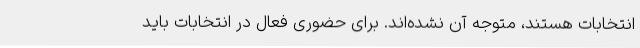
انتخابات هستند، متوجه آن نشده‌اند. برای حضوری فعال در انتخابات باید